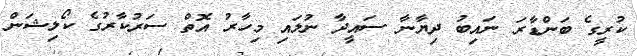
ކުރީގެ ބަންޑާރަ ނައިބު ދިޔާނާ ސައީދާ ނުލައި މިހާރު އޮތް ސަރުކާރުގެ ކޯލިޝަން